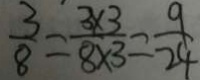
\frac { 3 } { 8 } = \frac { 3 \times 3 } { 8 \times 3 } = \frac { 9 } { 2 4 }